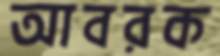
আবরক